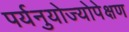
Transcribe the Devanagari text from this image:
पर्यनुयोज्योपेक्षण